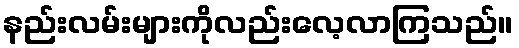
နည်းလမ်းများကိုလည်းလေ့လာကြသည်။